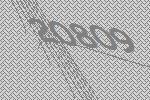
20809